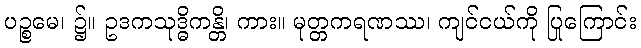
ပဉ္စမေ၊ ၌။ ဥဒကသုဒ္ဓိကန္တိ၊ ကား။ မုတ္တကရဏဿ၊ ကျင်ငယ်ကို ပြုကြောင်း